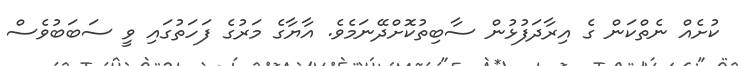
ކުށެއް ނެތްކަން ގެ އިރާދަފުޅުން ސާބިތުކޮށްދޭނަމެވެ. އާޔާގެ މަރުގެ ފަހަތުގައި ވީ ސަބަބުވެސް